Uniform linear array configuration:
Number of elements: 16
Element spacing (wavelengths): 0.25
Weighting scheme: kaiser
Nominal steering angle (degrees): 15
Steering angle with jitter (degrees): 14.553
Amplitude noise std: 0.05
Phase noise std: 0.05

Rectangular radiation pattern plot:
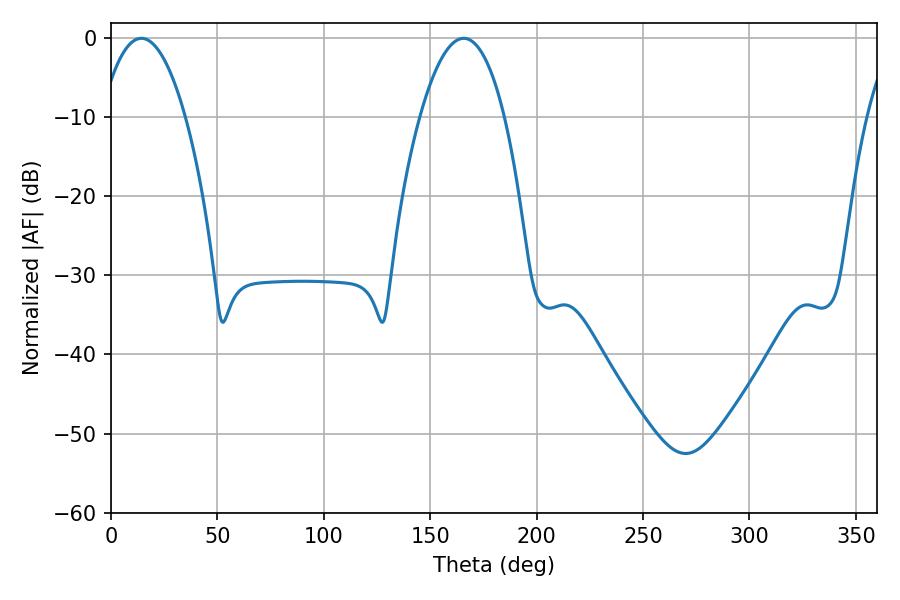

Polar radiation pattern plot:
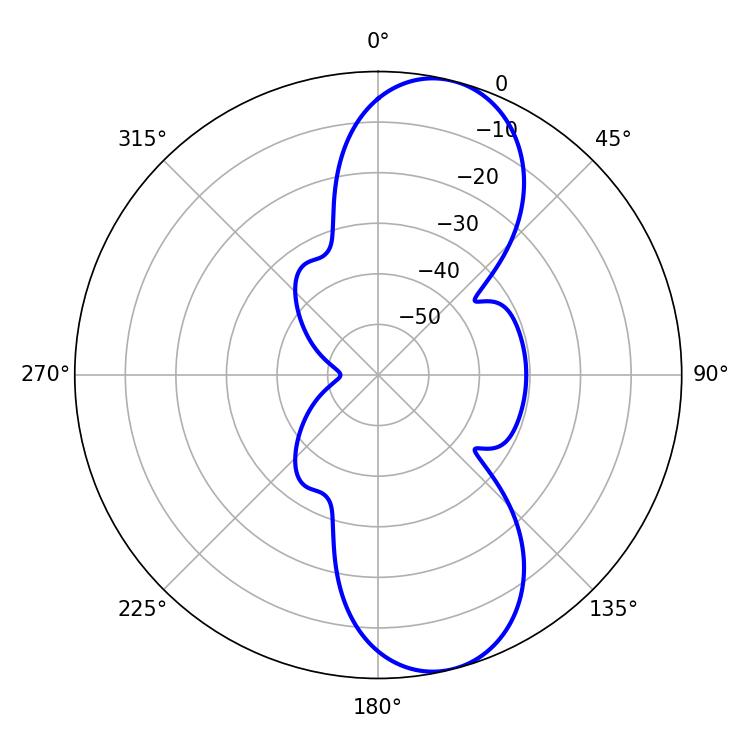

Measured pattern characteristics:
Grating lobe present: FALSE
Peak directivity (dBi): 9.866
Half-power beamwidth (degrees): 21.96
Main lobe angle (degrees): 14.22